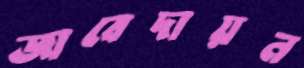
জাবেদায়ন